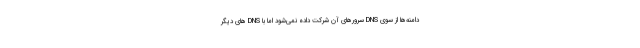
دامنه‌ها از سوی DNS سرورهای آن شرکت داده نمی‌شود اما با DNS های دیگر